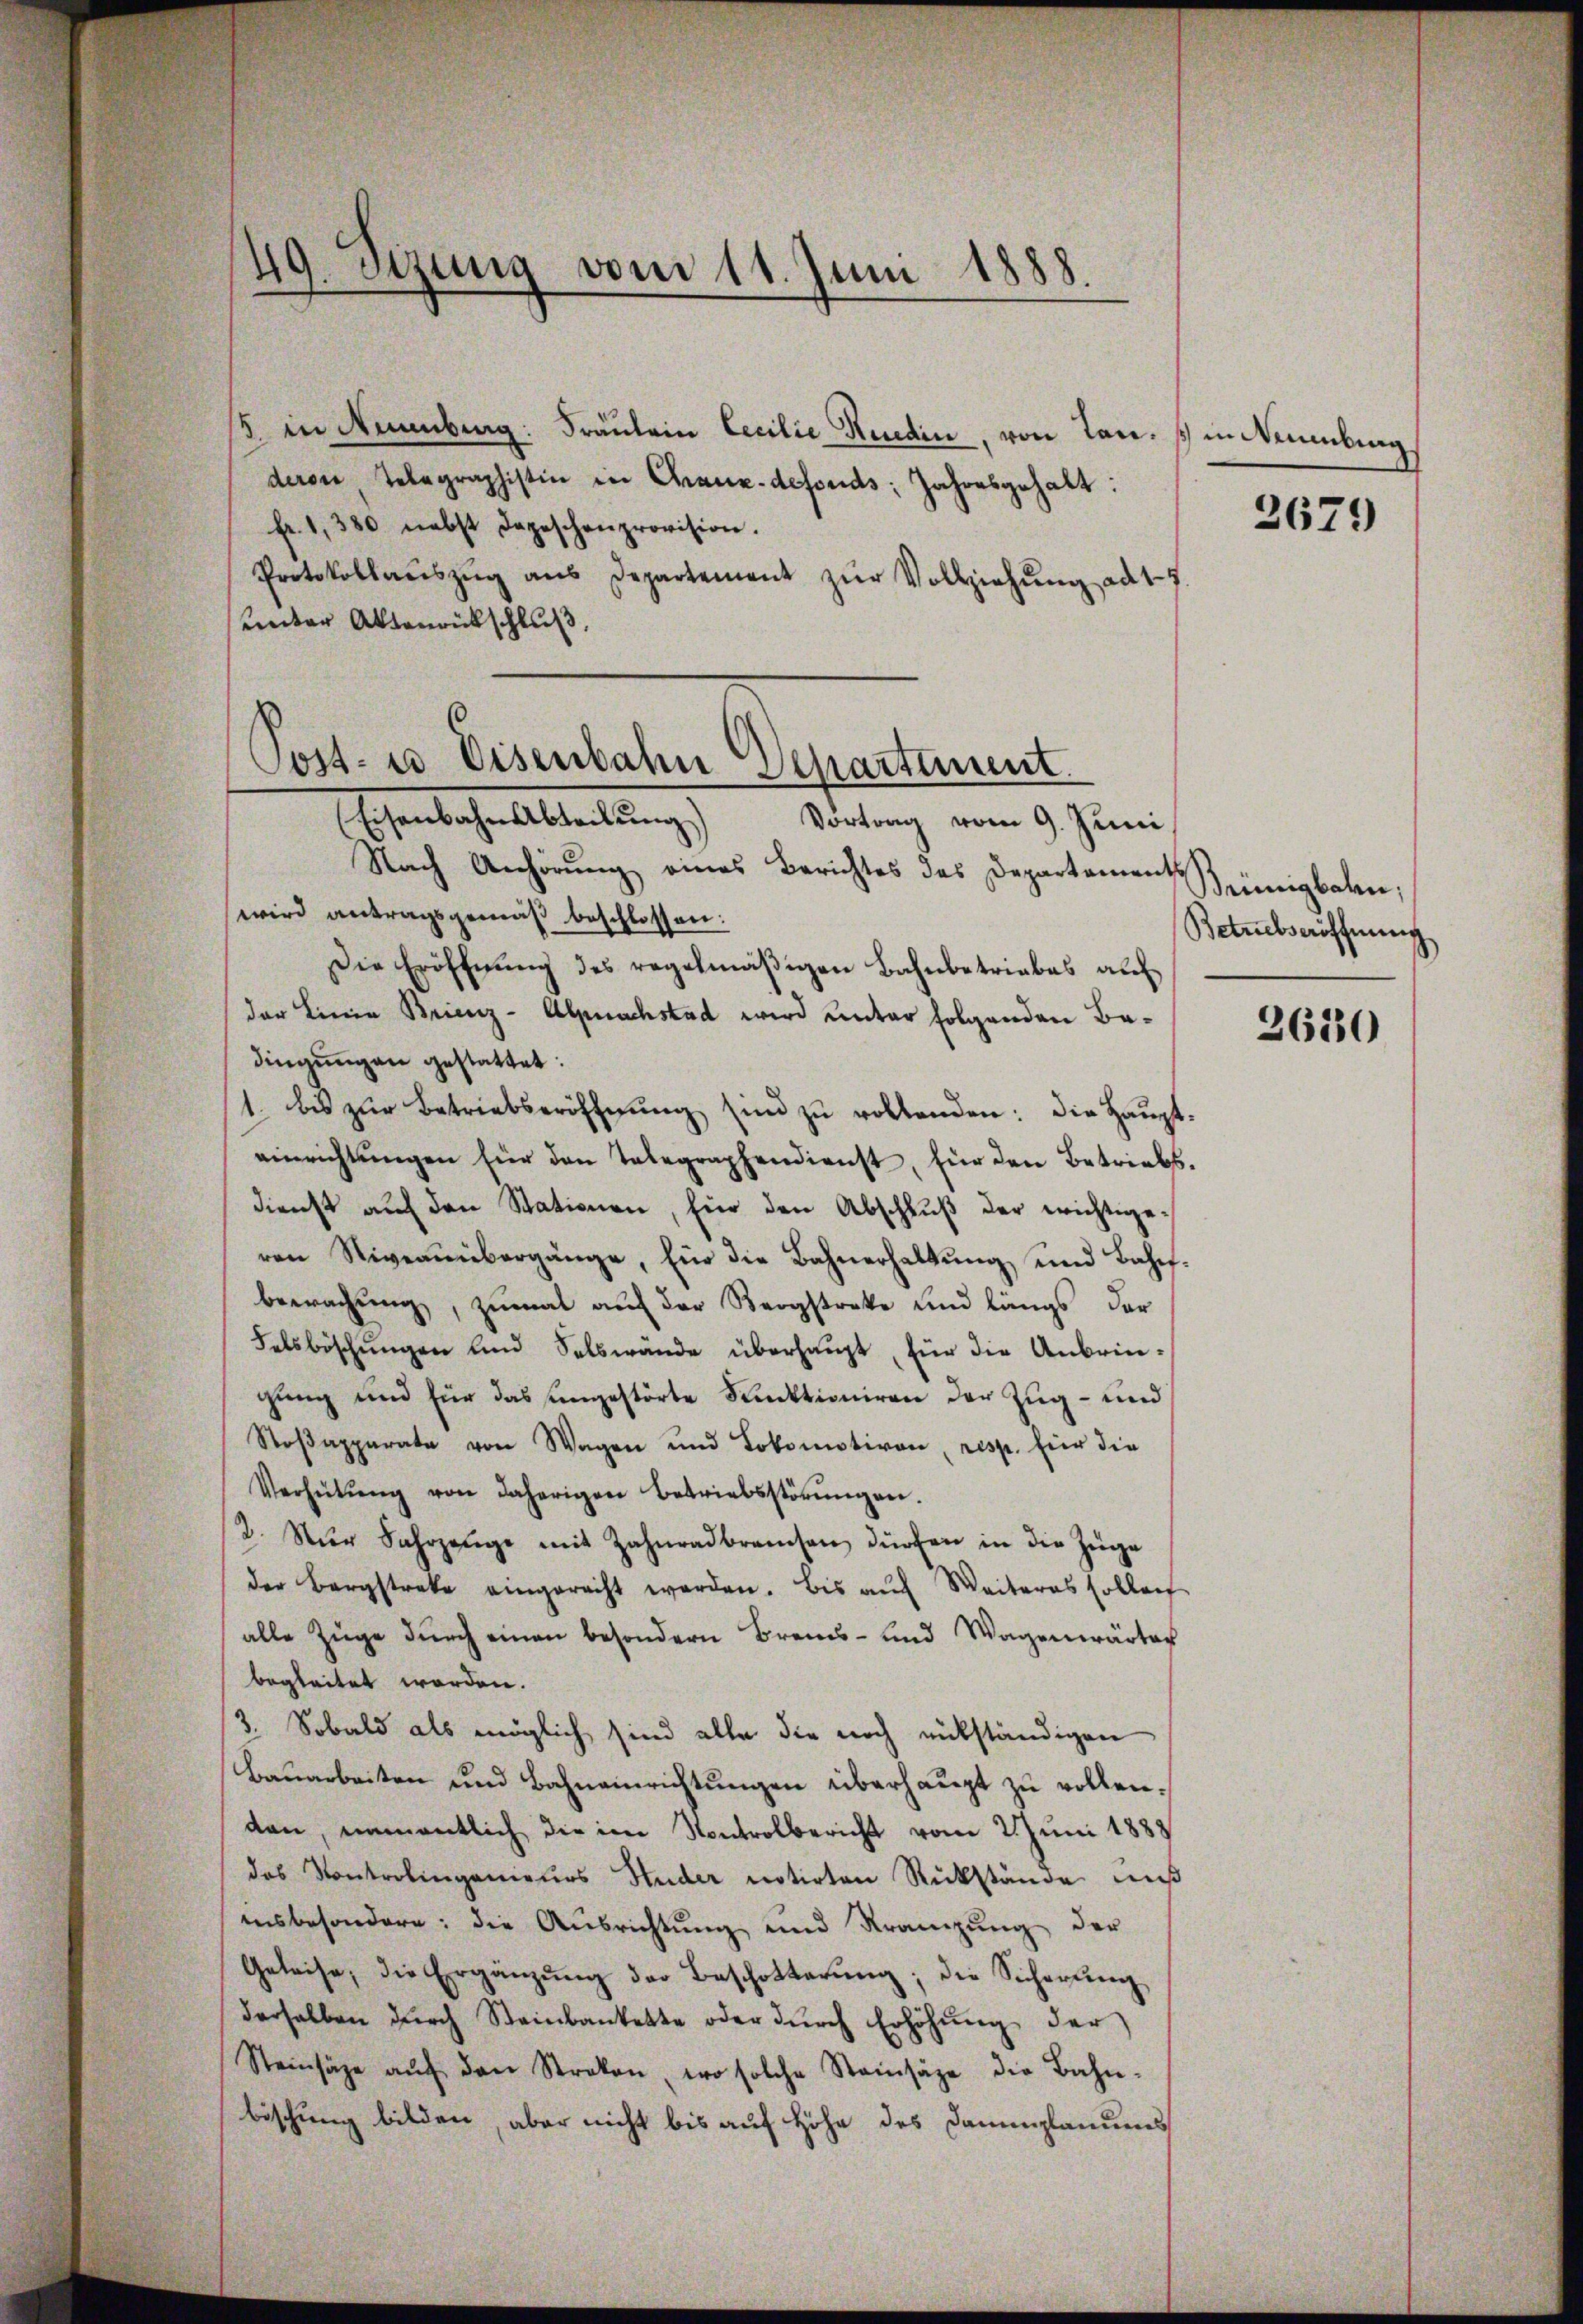
49. Sitzung vom 11. Juni 1888.

/5. in Minnberg: Fräulein Cecilie Redin, von Tan. 1 in Neuenburg
deren Telegraphistin in Chaux-defonds; Jahresgehalt:
fr. 1, 380 nebst Depeschenprovision.
Protokollaŭszŭg aŭs Departement zŭr Vollziehŭng ad 17
unter Aktenrückschluß.

Post- u Eisenbahn Departement.
Eisenbahn Abteilŭng Vortrag vom 9. Juni

Nach Anhörung eines Berichtes des Departements
wird antragsgemäß beschlossen:
Die Eröffnŭng des regelmäβigen Bahnbetriebes auf
der Linie Brienz-Alpnachstad wird unter folgenden Badingungen gestattet.
1. bis zŭr Betriebseröffnŭng sind zŭ rollenden: die Haupteinrichtŭngen für den Telegraphendienst, für den Betriebs
dienst auf den Stationen, für den Abschluß der wichtigeren Niveaŭübergänge, Ein die Bahnerhaltŭng und Bahnbewachung, zumal auf der Bergstreke und längs der
Felsböschŭngen und Selbwände überhaupt, für die Anbringung und für das ungestörte Punktioniren der Zug- und
Stoβapparate von Wagen und Lokomotiven, resp. für die
Verhütŭng von daherigen Betriebsstörŭngen.
2. Nur Fahrzeuge mit Zahnradbranchen dürfen in die Züge
der Bergstreke eingerecht werden. Bis aŭf Weiteres sollenf
alle Züge durch einen besondern Brenns- und Wagenwärter
begleitet worden.
3. Sobald als möglich sind alle die noch rückständigen
Bauarbeiten und Bahneinrichtungen überhaupt zu vollenden, namentlich die im Kontrolbericht vom 2. Juni 1888
das Kontrolingenieurs Huder notirten Rükstände muß
insbesondere: die Ausrichtung und Krängung der
Geleise, die Ergänzŭng der Beschotterŭng, die Sicherŭng
derselben durch Steinbankette oder durch Erhöhung der
Steinsätze aŭf den Streken, wo solche Steinsähe die Bahn-
bischung bilden, aber nicht bis auf Höhe des Dammplanums

2679

Brünigbahn,
Betriebseröffnung

3630